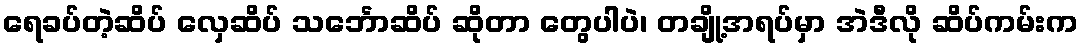
ရေခပ်တဲ့ဆိပ် လှေဆိပ် သင်္ဘောဆိပ် ဆိုတာ တွေပါပဲ၊ တချို့အရပ်မှာ အဲဒီလို ဆိပ်ကမ်းက